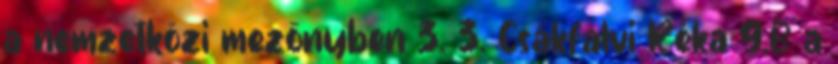
a nemzetközi mezőnyben 3. 3. Csákfalvi Réka 9.B a